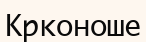
Крконоше